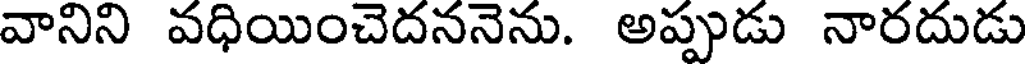
వానిని వధియించెదననెను. అప్పుడు నారదుడు